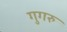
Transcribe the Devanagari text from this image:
गुगरु